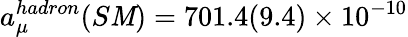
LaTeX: a_{\mu}^{hadron}(S\mathit{M})=701.4(9.4)\times10^{-10}